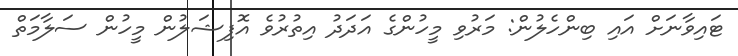
ޓައިވާނަށް އައި ބިންހެލުން: މަރުވި މީހުންގެ އަދަދު އިތުރުވެ އޮފިޝަލުން މީހުން ސަލާމަތް